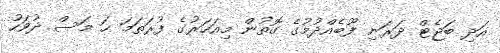
އަދި ބަޖެޓް ދަރަނި ފޫބެއްދުމުގެ ގޮތުން މިއަހަރުގެ ފުރަތަމަ ހަ މަސް ދުވަހު